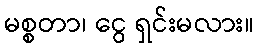
မစ္စတာ၊ ငွေ ရှင်းမလား။